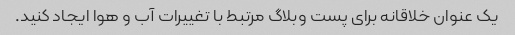
یک عنوان خلاقانه برای پست وبلاگ مرتبط با تغییرات آب و هوا ایجاد کنید.